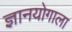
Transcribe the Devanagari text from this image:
ज्ञानयोगाला